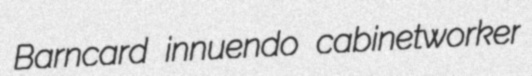
Barncard innuendo cabinetworker